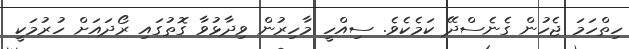
ހިތްހަމަ ޖެހުން ގެނެސްދޭ ކަމެކެވެ. ސިއްހީ މާހިރުން ވިދާޅުވާ ގޮތުގައި ރޯދައަށް ހުރުމަކީ